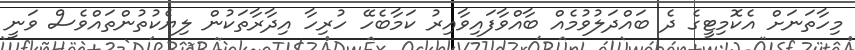
މިހާތަނަށް އެކޮމިޓީގެ ދެ ބައްދަލުވުމެއް ބާއްވާފައިވާއިރު ކަމާބެހޭ ހުރިހާ އިދާރާތަކުން ލިޔެކުތުންތައްވެސް ވަނީ